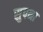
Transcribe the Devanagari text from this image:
सुपना